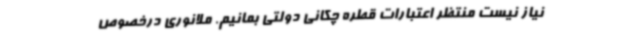
نیاز نیست منتظر اعتبارات قطره چکانی دولتی بمانیم. ملانوری درخصوص